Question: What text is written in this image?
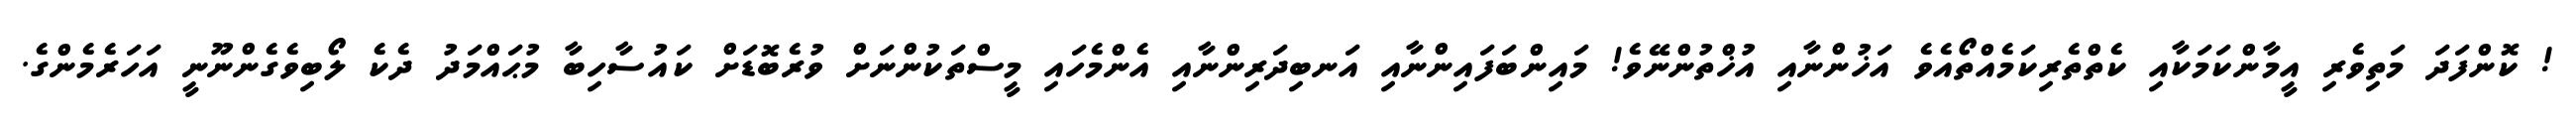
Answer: ! ކޮންފަދަ މަތިވެރި އީމާންކަމަކާއި ކެތްތެރިކަމެއްތޯއެވެ އަޚުންނާއި އުޚްތުންނޭވެ! މައިންބަފައިންނާއި އަނބިދަރިންނާއި އެންމެހައި މީސްތަކުންނަށް ވުރެބޮޑަށް ކައުސާހިބާ މުޙައްމަދު ދެކެ ލޯބިވެގެންނޫނީ އަހަރެމެންގެ.